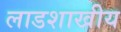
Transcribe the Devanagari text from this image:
लाडशाखीय